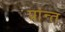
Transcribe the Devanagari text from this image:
प्रांन्त